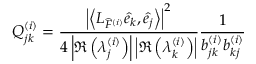
Q _ { j k } ^ { ( i ) } = \frac { \left| \left\langle L _ { \widehat { F } ^ { ( i ) } } \widehat { e } _ { k } , \widehat { e } _ { j } \right\rangle \right| ^ { 2 } } { 4 \left| \Re \left( \lambda _ { j } ^ { ( i ) } \right) \right| \left| \Re \left( \lambda _ { k } ^ { ( i ) } \right) \right| } \frac { 1 } { b _ { j k } ^ { ( i ) } b _ { k j } ^ { ( i ) } }